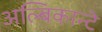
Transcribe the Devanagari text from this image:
अल्बिकान्टे